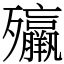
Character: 㱻